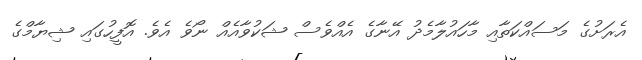
އެރަށުގެ މަސައްކަތާއި މާހައުލާމެދު އޭނާގެ އެއްވެސް ޝަކުވާއެއް ނޯވެ އެވެ. އޮފީހުގައި ޝިޔާމްގެ